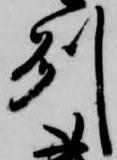
州